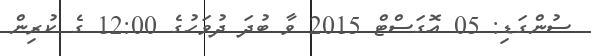
ސުންގަޑި: 05 އޮގަސްޓް 2015 ވާ ބުދަ ދުވަހުގެ 12:00 ގެ ކުރިން